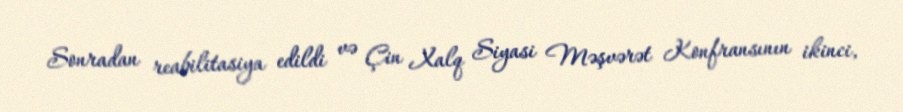
Sonradan reabilitasiya edildi və Çin Xalq Siyasi Məşvərət Konfransının ikinci,